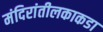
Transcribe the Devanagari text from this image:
मंदिरांतीलकाकडा